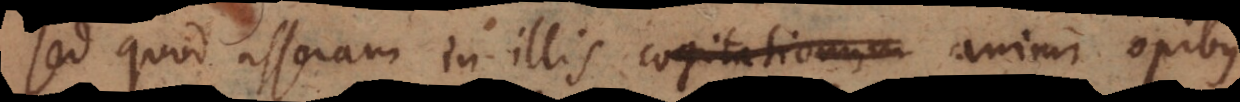
sed quod asseram in illis cogitationum animi bonis